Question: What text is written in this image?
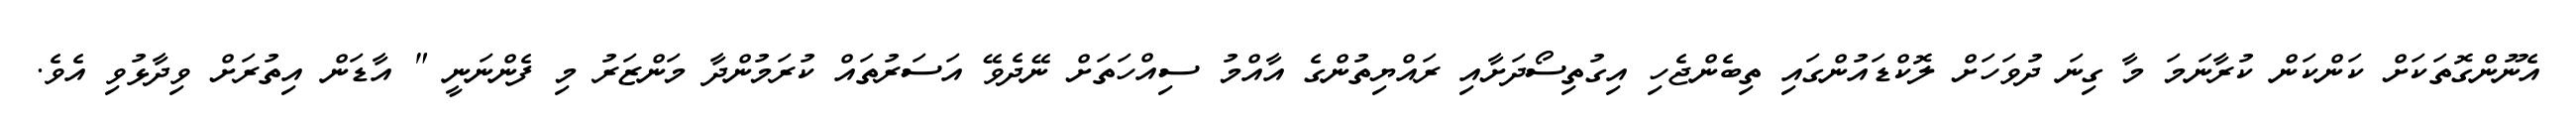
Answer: އެނޫންގޮތަކަށް ކަންކަން ކުރާނަމަ މާ ގިނަ ދުވަހަށް ލޮކްޑައުންގައި ތިބެންޖެހި އިގުތިސޯދަށާއި ރައްޔިތުންގެ އާއްމު ސިއްހަތަށް ނޭދެވޭ އަސަރުތައް ކުރަމުންދާ މަންޒަރު މި ފެންނަނީ " އާޑަން އިތުރަށް ވިދާޅުވި އެވެ.